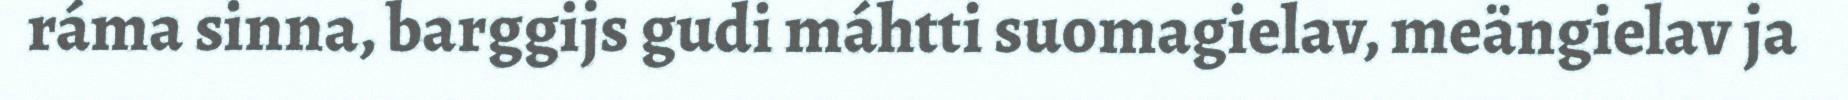
ráma sinna, barggijs gudi máhtti suomagielav, meängielav ja